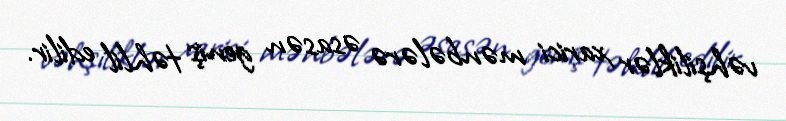
vəhşiliklər xarici mənbələrə əsasən geniş təhlil edilir.